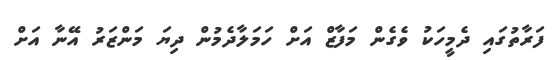
ފަރާތުގައި ދެމީހަކު ވެގެން މަފާޒް އަށް ހަމަލާދެމުން ދިޔަ މަންޒަރު އޭނާ އަށް